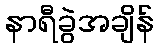
နာရီခွဲအချိန်